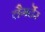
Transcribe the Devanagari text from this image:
लैगर्देर